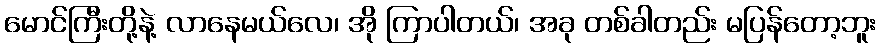
မောင်ကြီးတို့နဲ့ လာနေမယ်လေ၊ အို ကြာပါတယ်၊ အခု တစ်ခါတည်း မပြန်တော့ဘူး